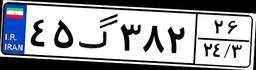
۰۷گ۸۷۷۸۰